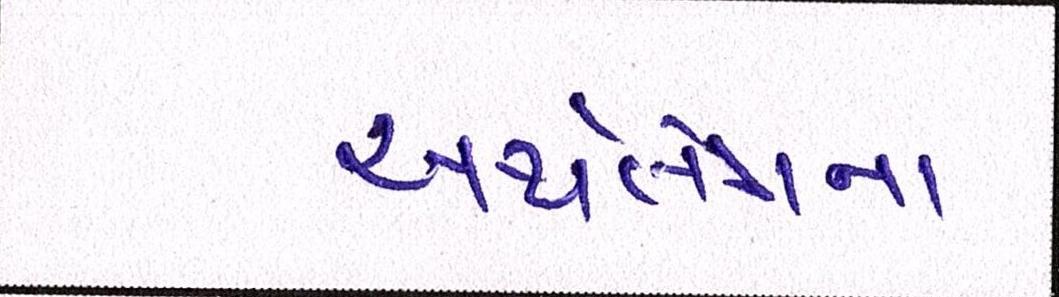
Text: અર્થતંત્રના